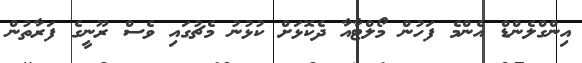
އިންގްލެންޑް އެންމެ ފަހުން މޯލްޓާއާ ދެކޮޅަށް ކުޅުނު މެޗުގައި ވެސް ރޫނީގެ ފަރާތުން